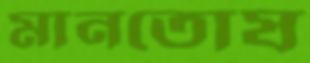
মানতোষ